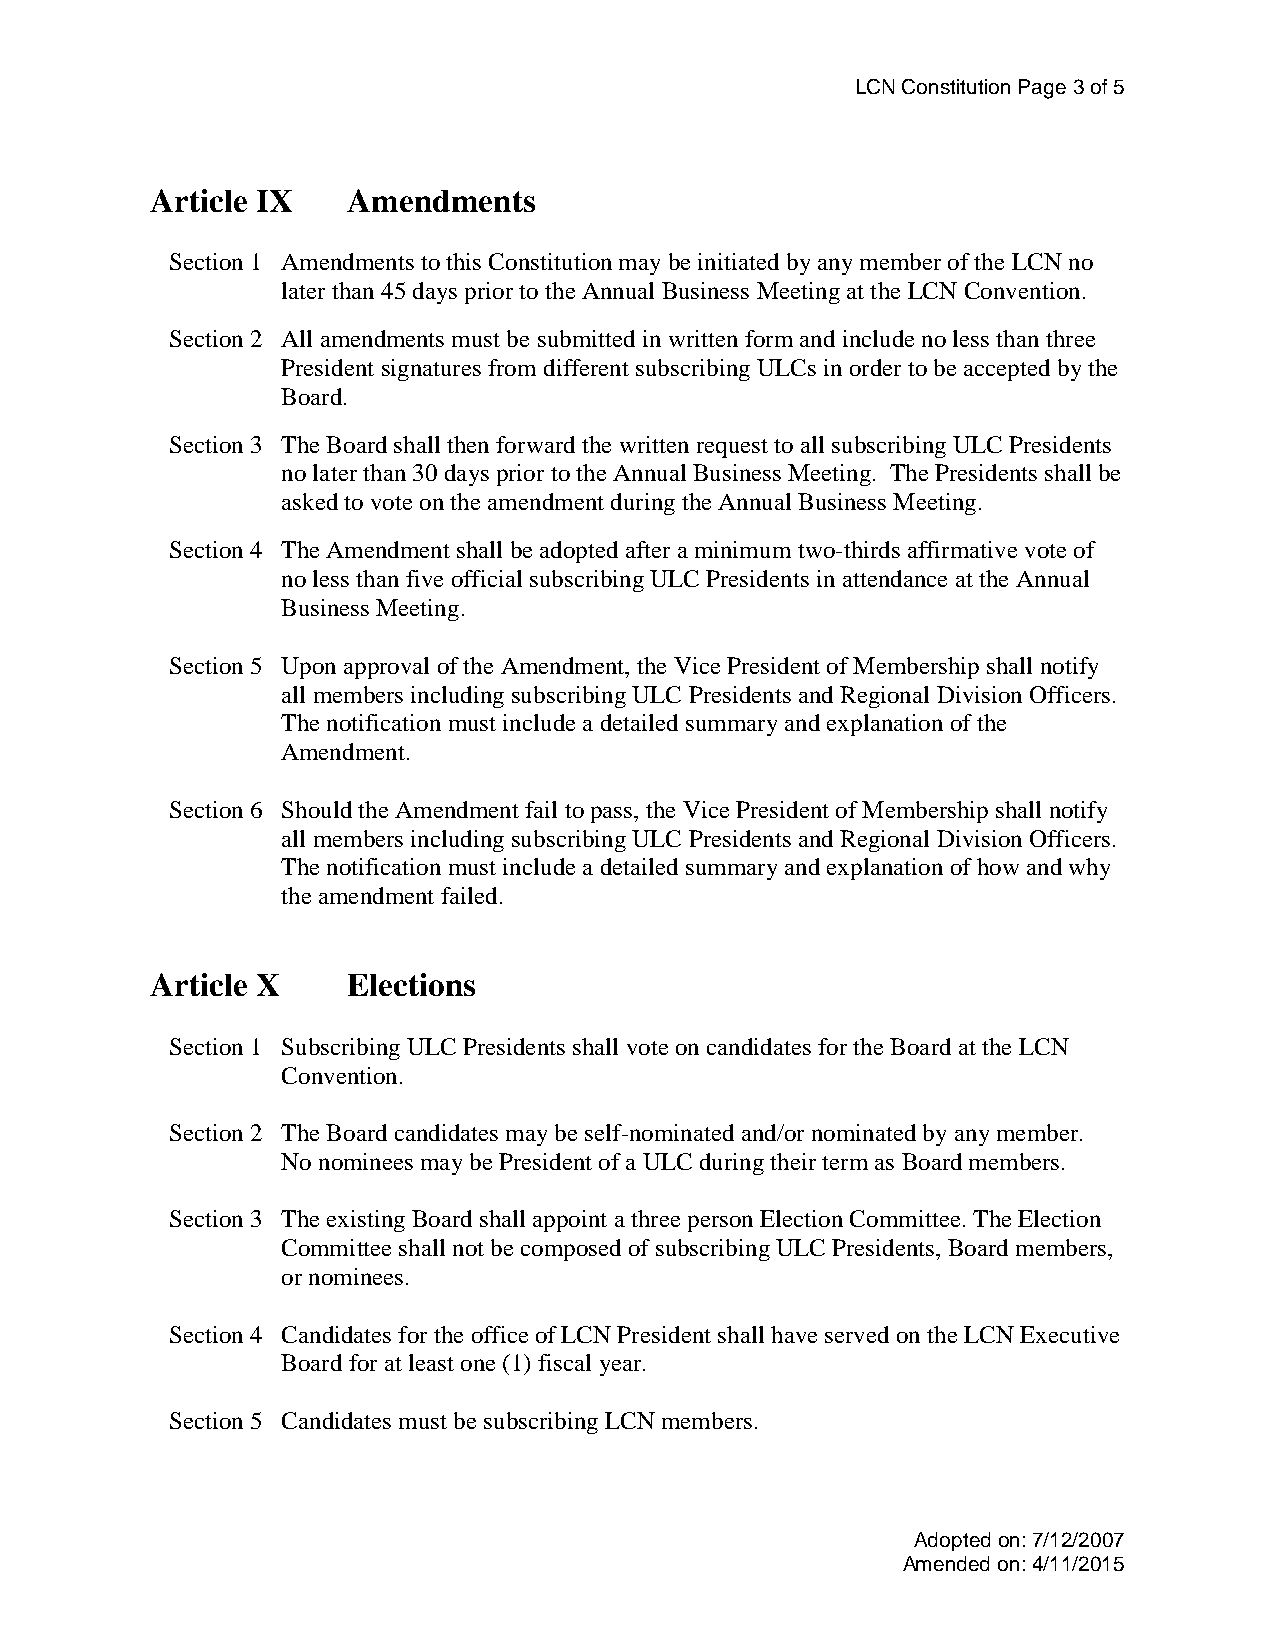
LCN Constitution Page 3 of 5
 Article IX   Amendments
 Section 1 Amendments to this Constitution may be initiated by any member of the LCN no
 later than 45 days prior to the Annual Business Meeting at the LCN Convention.
 Section 2 All amendments must be submitted in written form and include no less than three
 President signatures from different subscribing ULCs in order to be accepted by the
 Board.
 Section 3 The Board shall then forward the written request to all subscribing ULC Presidents
 no later than 30 days prior to the Annual Business Meeting. The Presidents shall be
 asked to vote on the amendment during the Annual Business Meeting.
 Section 4 The Amendment shall be adopted after a minimum two-thirds affirmative vote of
 no less than five official subscribing ULC Presidents in attendance at the Annual
 Business Meeting.
 Section 5 Upon approval of the Amendment, the Vice President of Membership shall notify
 all members including subscribing ULC Presidents and Regional Division Officers.
 The notification must include a detailed summary and explanation of the
 Amendment.
 Section 6 Should the Amendment fail to pass, the Vice President of Membership shall notify
 all members including subscribing ULC Presidents and Regional Division Officers.
 The notification must include a detailed summary and explanation of how and why
 the amendment failed.
 Article X    Elections
 Section 1 Subscribing ULC Presidents shall vote on candidates for the Board at the LCN
 Convention.
 Section 2 The Board candidates may be self-nominated and/or nominated by any member.
 No nominees may be President of a ULC during their term as Board members.
 Section 3 The existing Board shall appoint a three person Election Committee. The Election
 Committee shall not be composed of subscribing ULC Presidents, Board members,
 or nominees.
 Section 4 Candidates for the office of LCN President shall have served on the LCN Executive
 Board for at least one (1) fiscal year.
 Section 5 Candidates must be subscribing LCN members.
 Adopted on: 7/12/2007
 Amended on: 4/11/2015